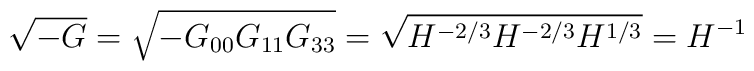
\sqrt{-G} = \sqrt{-G_{00}G_{11}G_{33}} = \sqrt{H^{-2/3}H^{-2/3}H^{1/3}} = H^{-1}